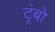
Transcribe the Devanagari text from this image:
ट्रंबो